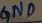
Text: GND